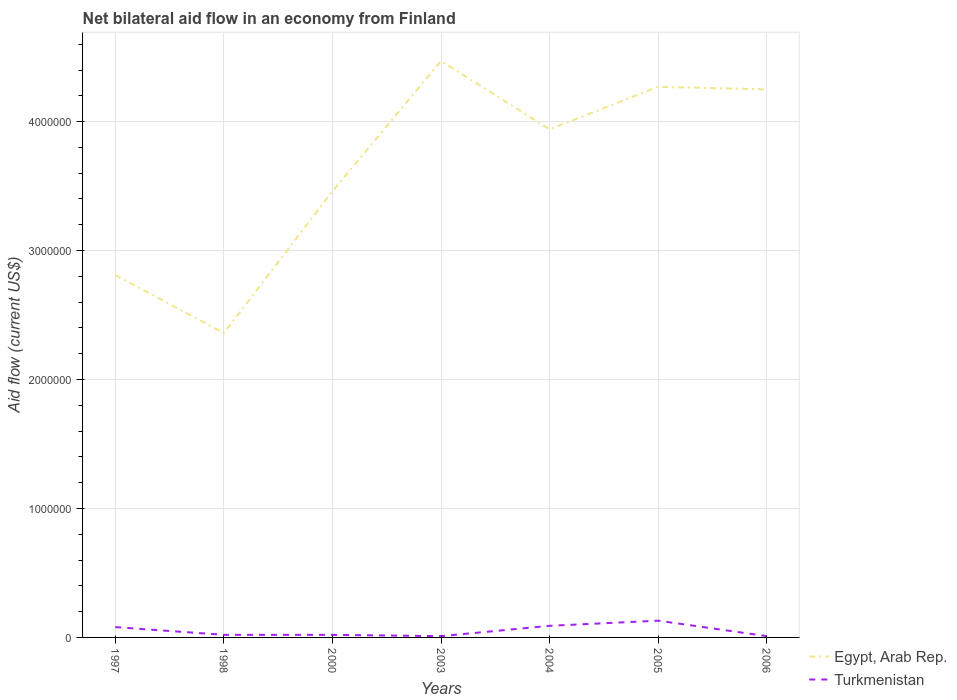
| Years | Egypt, Arab Rep. | Turkmenistan |
 | --- | --- | --- |
 | 1997 | 2.81e+06 | 8e+04 |
 | 1998 | 2.36e+06 | 2e+04 |
 | 2000 | 3.46e+06 | 2e+04 |
 | 2003 | 4.47e+06 | 1e+04 |
 | 2004 | 3.94e+06 | 9e+04 |
 | 2005 | 4.27e+06 | 1.3e+05 |
 | 2006 | 4.25e+06 | 1e+04 |